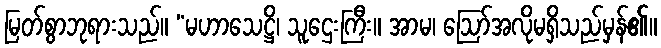
မြတ်စွာဘုရားသည်။ “မဟာသေဋ္ဌိ၊ သူဌေးကြီး။ အာမ၊ ဩော်အလိုမရှိသည်မှန်၏။